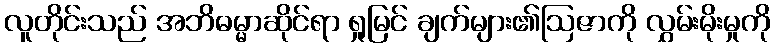
လူတိုင်းသည် အဘိဓမ္မာဆိုင်ရာ ရှုမြင် ချက်များ၏ဩဇာကို လွှမ်းမိုးမှုကို